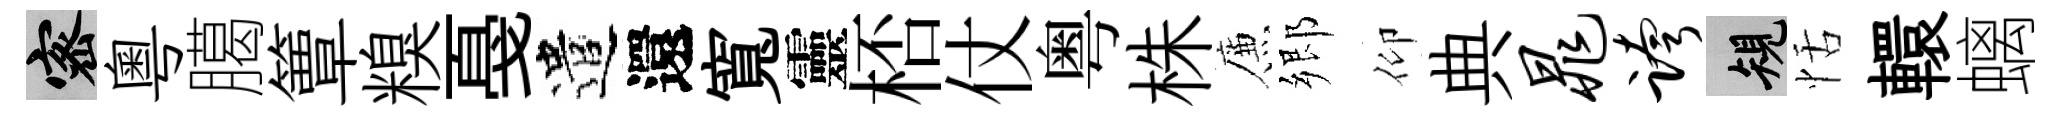
密粵臈簟糗戞遣還寬靈桮仗粤株簾郷仰典晁跨規恬轘螭